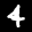
Label: 4